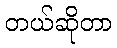
တယ်ဆိုတာ